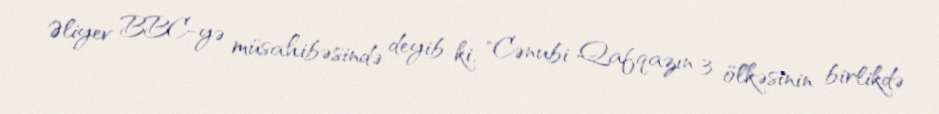
Əliyev BBC-yə müsahibəsində deyib ki, "Cənubi Qafqazın 3 ölkəsinin birlikdə